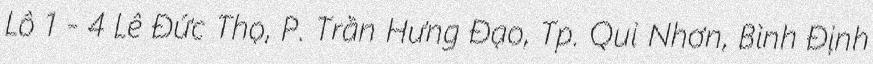
Lô 1 - 4 Lê Đức Thọ, P. Trần Hưng Đạo, Tp. Qui Nhơn, Bình Định